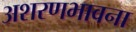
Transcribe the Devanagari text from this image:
अशरणभावना